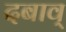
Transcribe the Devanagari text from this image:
दबाव्